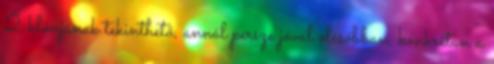
2 klónjának tekinthető, annál persze jóval olcsóbban, konkrétan a